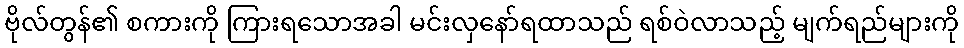
ဗိုလ်တွန်၏ စကားကို ကြားရသောအခါ မင်းလှနော်ရထာသည် ရစ်ဝဲလာသည့် မျက်ရည်များကို